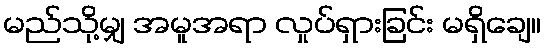
မည်သို့မျှ အမူအရာ လှုပ်ရှားခြင်း မရှိချေ။